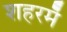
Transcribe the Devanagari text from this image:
शहरमेँ